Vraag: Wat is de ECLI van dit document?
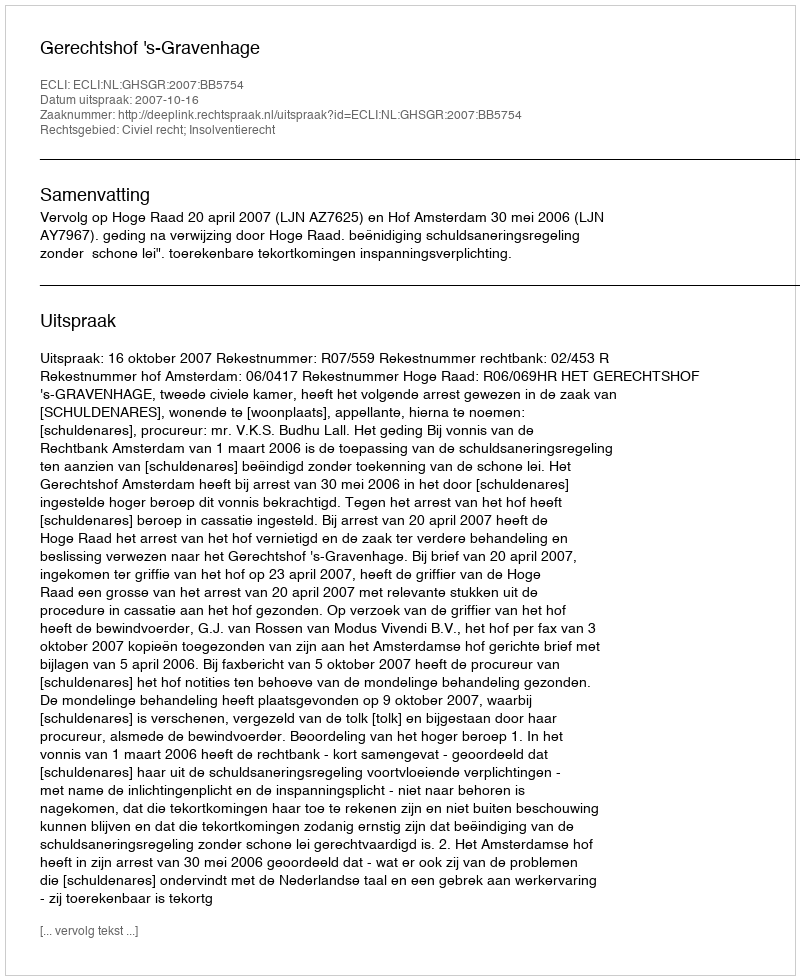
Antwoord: ECLI:NL:GHSGR:2007:BB5754